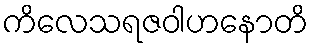
ကိလေသရဇဝါဟနောတိ